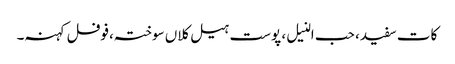
کات سفید، حب النیل، پوست ہیل کلاں سوختہ،فوفل کہنہ۔